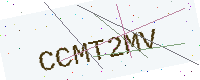
Text: CCMT2MV